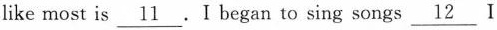
like most is \underline{11} . I began to sing songs \underline{12} I